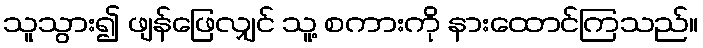
သူသွား၍ ဖျန်ဖြေလျှင် သူ့ စကားကို နားထောင်ကြသည်။